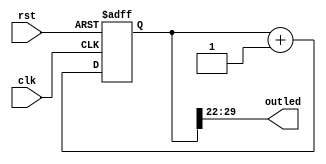
module count30(input clk,rst,output [7:0] outled);
    reg [29:0] led;
    always @(posedge clk,posedge rst)
    begin
        if (rst == 1) led<=30'b00_0000_0000_0000_0000_0000_0000_0000;
        else led<=led + 30'b00_0000_0000_0000_0000_0000_0000_0001;
    end
    assign outled=led[29:22];
endmodule